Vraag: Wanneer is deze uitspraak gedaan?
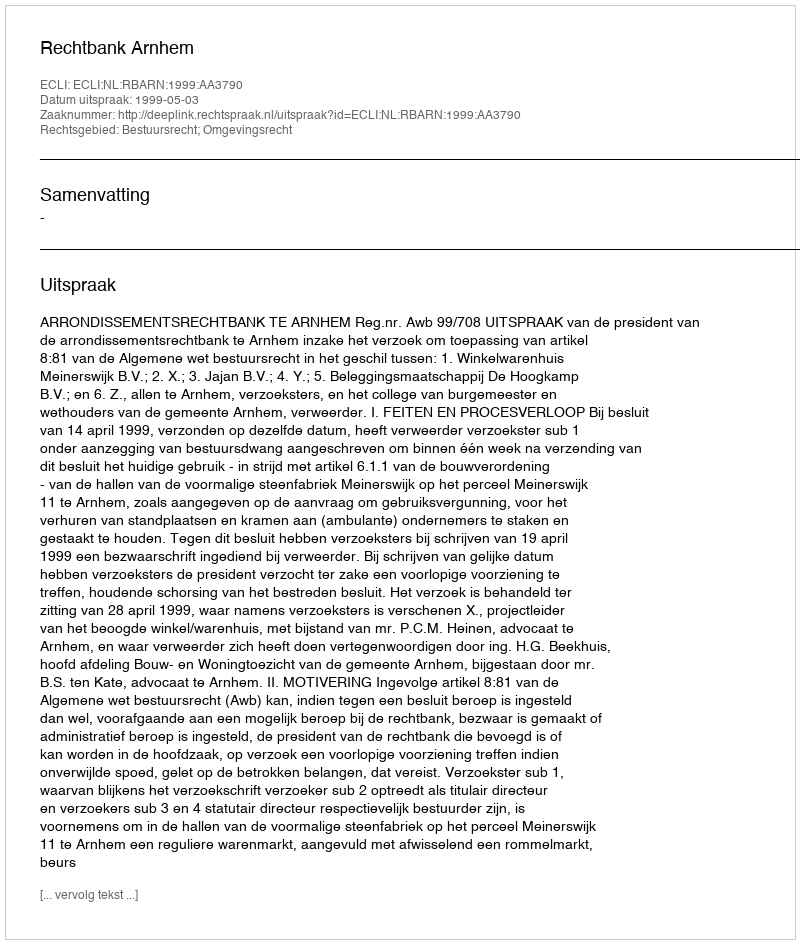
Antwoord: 1999-05-03